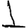
Digit: 1